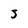
Character: 3